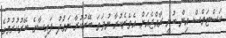
ކަސްޓަމްސް އިން ބުނީ ރާއްޖެއަށް އެތެރެކުރާ ނުވަތަ ބޭރުކުރާ ނަގުދު ފައިސާގެ ބޭރުކުރުމުގެ